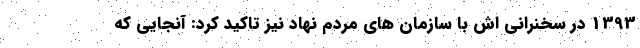
1393 در سخنرانی اش با سازمان های مردم نهاد نیز تاکید کرد: آنجایی که